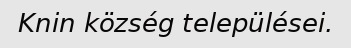
Knin község települései.